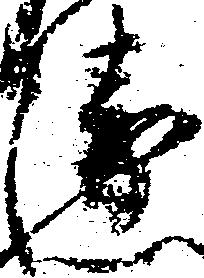
衛